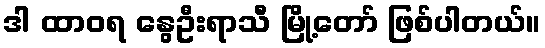
ဒါ ထာဝရ နွေဦးရာသီ မြို့တော် ဖြစ်ပါတယ်။